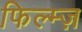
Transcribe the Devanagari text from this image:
फिल्म्ज़